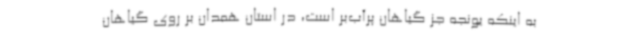
به اینکه یونجه جز گیاهان پرآب‌بر است، در استان همدان بر روی گیاهان